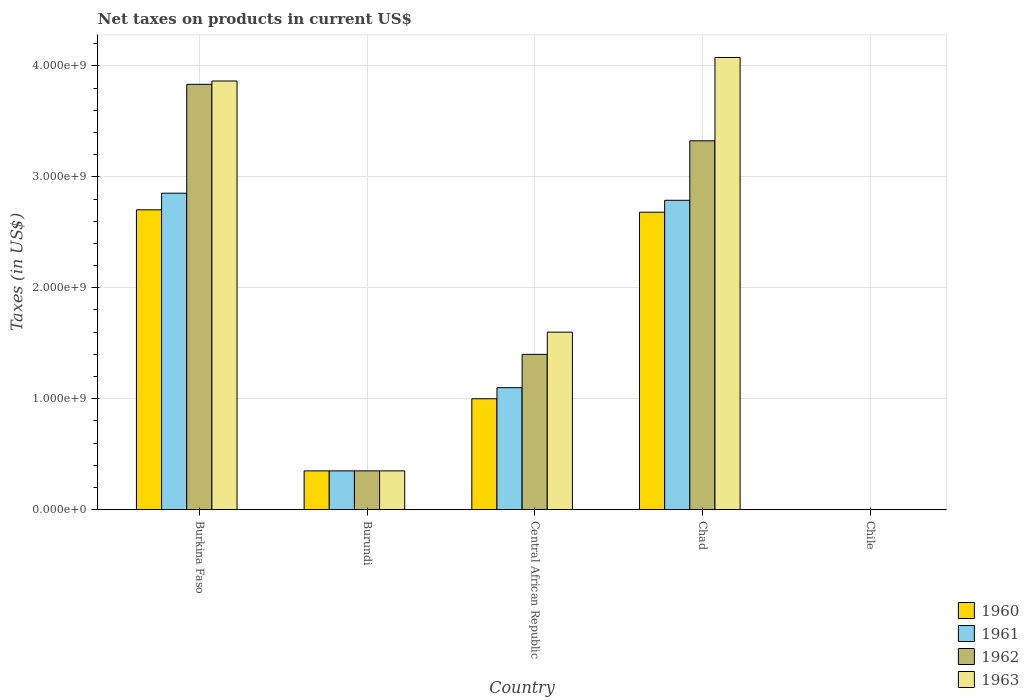
| Country | 1960 | 1961 | 1962 | 1963 |
 | --- | --- | --- | --- | --- |
 | Burkina Faso | 2.7e+09 | 2.85e+09 | 3.83e+09 | 3.86e+09 |
 | Burundi | 3.5e+08 | 3.5e+08 | 3.5e+08 | 3.5e+08 |
 | Central African Republic | 1e+09 | 1.1e+09 | 1.4e+09 | 1.6e+09 |
 | Chad | 2.68e+09 | 2.79e+09 | 3.32e+09 | 4.08e+09 |
 | Chile | 2.02e+05 | 2.53e+05 | 2.53e+05 | 3.54e+05 |